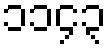
၁၁၄၃